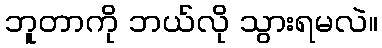
ဘူတာကို ဘယ်လို သွားရမလဲ။